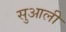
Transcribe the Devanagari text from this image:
सुआली